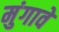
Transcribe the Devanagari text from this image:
मुंगावे